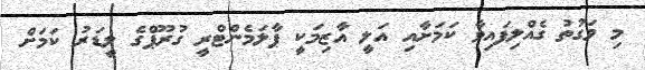
މި ވަގުތު ގެއްލިފައިވާ ކަމަށާއި އަލީ އާޒިމަކީ ޕާލަމެންޓްރީ ގުރޫޕްގެ ލީޑަރު ކަމަށް